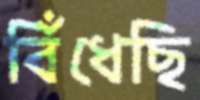
বিঁধেছি